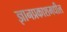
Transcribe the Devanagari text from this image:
ज्ञानप्रकाशमधील